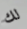
لك